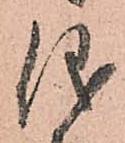
儀